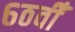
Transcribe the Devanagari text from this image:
६ठवीँ